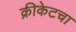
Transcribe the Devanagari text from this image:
क्रीकेटचा